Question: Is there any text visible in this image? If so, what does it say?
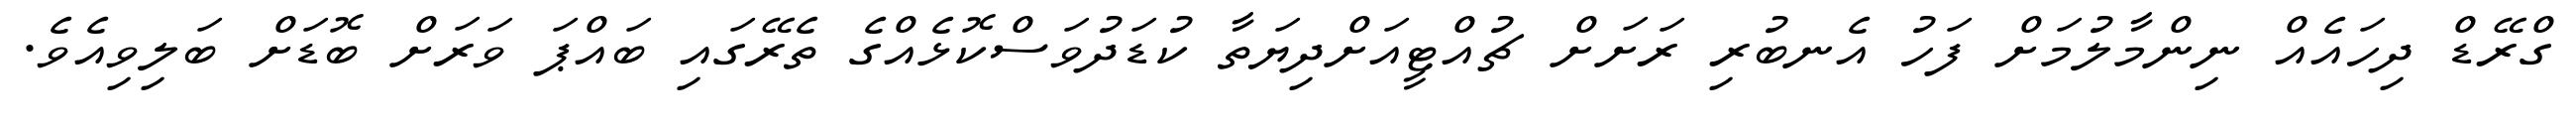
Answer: ގްރޭޑް ދިހައެއް ނިންމާލުމަށް ފަހު އެނބުރި ރަށަށް ޗުއްޓީއަށްދިޔަތާ ކުޑަދުވަސްކޮޅެއްގެ ތެރޭގައި ބައްޕަ ވަރަށް ބޮޑަށް ބަލިވިއެވެ.